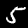
Digit: 5